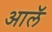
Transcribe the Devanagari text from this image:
आलॅ